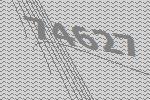
74627